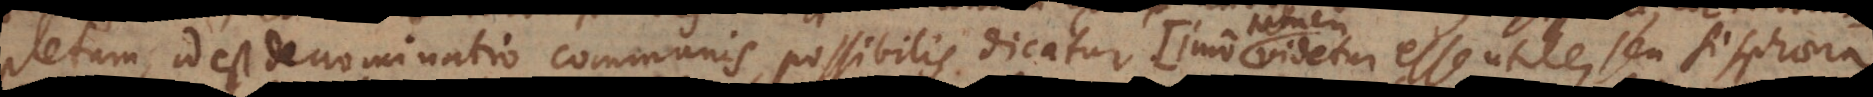
pletum, id est denominatio communis, possibilis dicatur (imo videtur esse utile, seu si sphaera